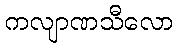
ကလျာဏသီလော